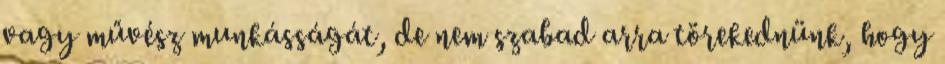
vagy művész munkásságát, de nem szabad arra törekednünk, hogy